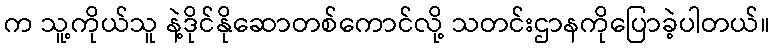
က သူ့ကိုယ်သူ နဲ့ဒိုင်နိုဆောတစ်ကောင်လို့ သတင်းဌာနကိုပြောခဲ့ပါတယ်။